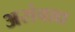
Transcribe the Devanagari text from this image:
असंवाद्य